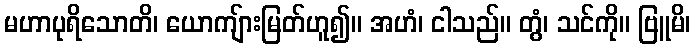
မဟာပုရိသောတိ၊ ယောကျ်ားမြတ်ဟူ၍။ အဟံ၊ ငါသည်။ တွံ၊ သင်ကို။ ဗြူမိ၊